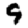
Digit: 9